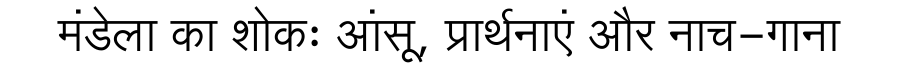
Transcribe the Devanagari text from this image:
मंडेला का शोकः आंसू, प्रार्थनाएं और नाच-गाना